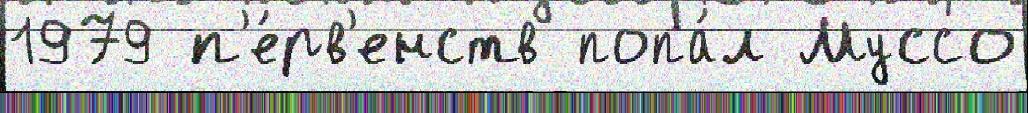
1979 п'е́рв'енств попа́л Муссо